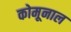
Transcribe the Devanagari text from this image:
कोमूनाल